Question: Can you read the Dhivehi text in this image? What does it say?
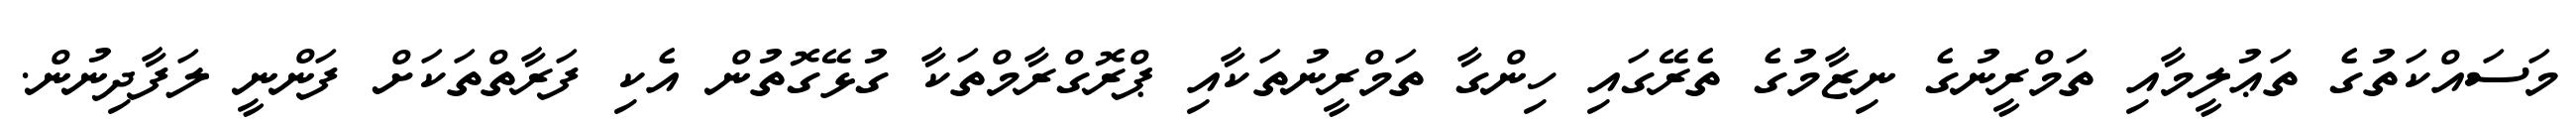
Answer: މަސައްކަތުގެ ތަޢުލީމާއި ތަމްރީނުގެ ނިޒާމުގެ ތެރޭގައި ހިންގާ ތަމްރީނުތަކާއި ޕްރޮގްރާމްތަކާ ގުޅޭގޮތުން އެކި ފަރާތްތަކަށް ފަންނީ ލަފާދިނުން.